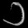
Digit: ၁